Report of the Hyderabad Chloroform Commission
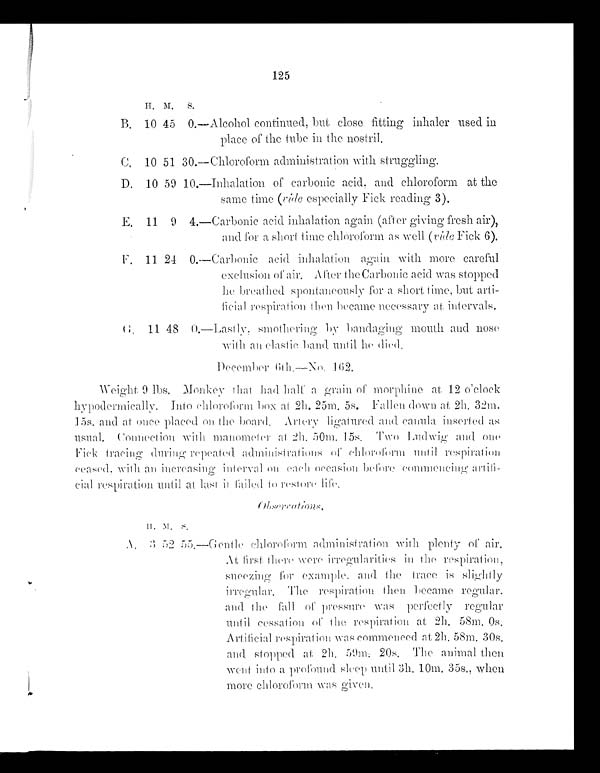
125
H . M. S.
B. 10 45 0,— Alcohol continued, but close fitting inhaler used in
place of the tube in the nostril,
C. 10 51 30.— Chloroform administration with struggling.
D. 10 59 10.—Inhalation of carbonic acid, and chloroform at the
same time (vide especially Fick reading 3).
E. 11 9 4.— Carbonic acid inhalation again (after giving fresh air),
and for a short time chloroform as well (v ide Fick 6).
F. 11 24 0.— Carbonic acid inhalation again with more careful
exclusion of air. After the Carbonic acid was stopped
he breathed spontaneously for a short time, but arti-
ficial respiration then became necessary at. intervals.
11 480.— Lastlv, smothering by bandaging mouth and nose
with an elastic band until he died.
December 6th—No. 162.
Weight 9 lbs. Monkey that had half a grain of morphine at 12 o'clock
hypodermically. Into chloroform box at 2h. 25m. 5s. Fallen down at 2h. 32m.
15s. and at once placed onthe board. Artery ligatured and canula inserted as
usual. Connection with manometer at 2h. 50m. 15s. Two Ludwig and
o n e
Fick tracing during repeated administrations of chloroform until respiration
ceased, with an increasing interval on each occasi
on before commencing artifi-
cial respiration until at last it failed to restore life.
Observations.
H.
M. S .
A .
3 52 55 — Gentle chloroform administration with plenty of air.
At first there were irregularities in the respiration,
sneezing for example, and the trace is slightly
irregulay. The respiration then became regular.
and the fall of pressure was perfectly regular
until cessation of respiration at 2h. 58m. 0s.
Artificial respiration was commenced at 2h. 58m. 30s.
and stopped at 2h. 50m. 20s. The animal then
went into a profound sleep until 3h. 10m. 35s., when
more chloroform was given,